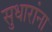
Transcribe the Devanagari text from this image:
सुधारांना